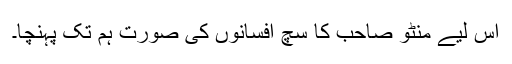
اس لیے منٹو صاحب کا سچ افسانوں کی صورت ہم تک پہنچا۔